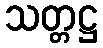
သတ္တဋ္ဌ